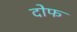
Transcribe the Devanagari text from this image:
दोफ